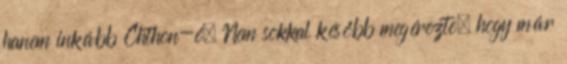
hanem inkább Chthon-é. Nem sokkal később megérezte, hogy már